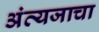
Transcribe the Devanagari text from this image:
अंत्यजाचा